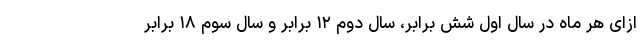
ازای هر ماه در سال اول شش برابر، سال دوم ۱۲ برابر و سال سوم ۱۸ برابر